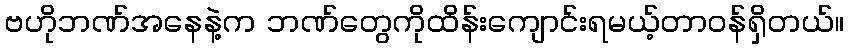
ဗဟိုဘဏ်အနေနဲ့က ဘဏ်တွေကိုထိန်းကျောင်းရမယ့်တာဝန်ရှိတယ်။